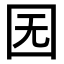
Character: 𡆶